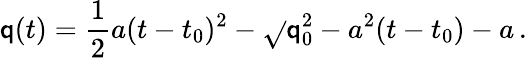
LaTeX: \mathsf{q}(t)={\frac{{1}}{{2}}}a(t-t_{0})^{2}-\sqrt{}{{\mathsf{q}_{0}^{2}-a^{2}}}(t-t_{0})-a\, .